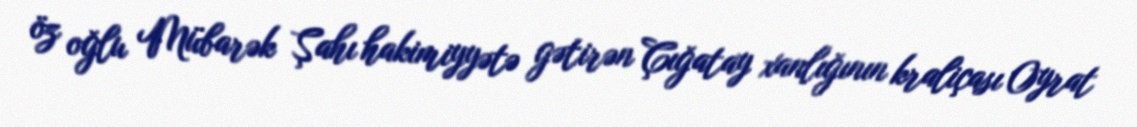
öz oğlu Mübarək Şahı hakimiyyətə gətirən Çığatay xanlığının kraliçası Oyrat